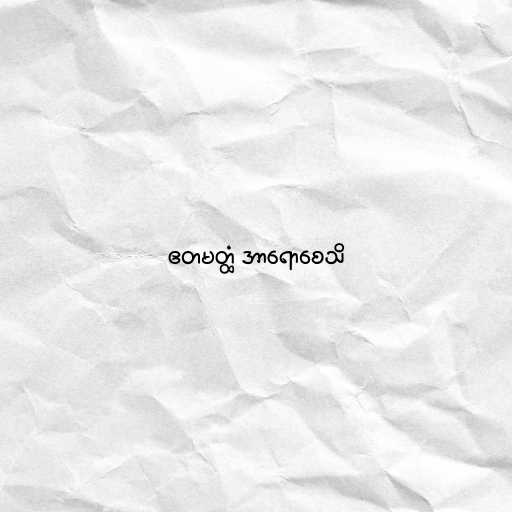
ဧတမတ္ထံ အာရောစေသိ